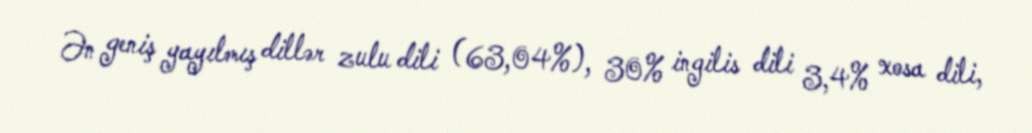
Ən geniş yayılmış dillər zulu dili (63,04%), 30% ingilis dili 3,4% xosa dili,